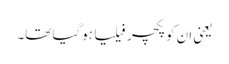
یعنی ان کو پکچر فیلیا ہوگیا تھا۔